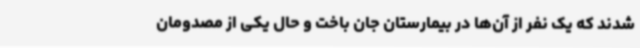
شدند که یک نفر از آن‌ها در بیمارستان جان باخت و حال یکی از مصدومان